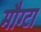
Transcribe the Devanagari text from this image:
मौग्टा